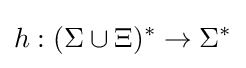
h:(\Sigma \cup \Xi )^{*}\to \Sigma ^{*}